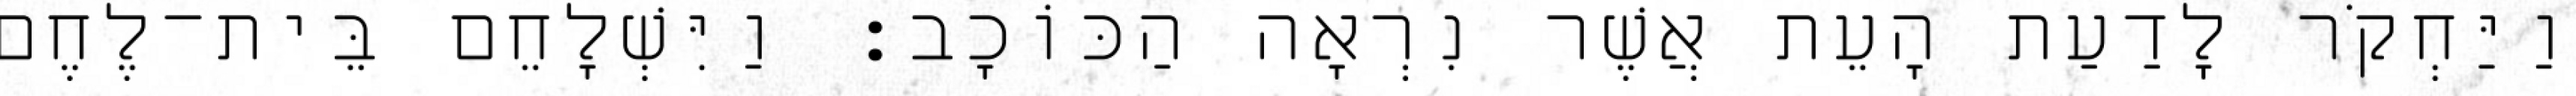
וַיַּחְקֹר לָדַעַת הָעֵת אֲשֶׁר נִרְאָה הַכּוֹכָב׃ וַיִּשְׁלָחֵם בֵּית־לֶחֶם